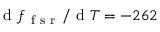
\mathrm { ~ d ~ } f _ { \mathrm { ~ f ~ s ~ r ~ } } / \mathrm { ~ d ~ } T = - 2 6 2